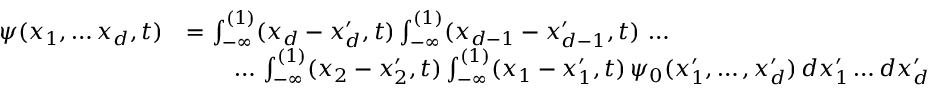
\begin{array} { r l } { \psi ( x _ { 1 } , \dots x _ { d } , t ) } & { = \int _ { - \infty } ^ { ( 1 ) } ( x _ { d } - x _ { d } ^ { \prime } , t ) \int _ { - \infty } ^ { ( 1 ) } ( x _ { d - 1 } - x _ { d - 1 } ^ { \prime } , t ) \, \dots } \\ & { \qquad \dots \, \int _ { - \infty } ^ { ( 1 ) } ( x _ { 2 } - x _ { 2 } ^ { \prime } , t ) \int _ { - \infty } ^ { ( 1 ) } ( x _ { 1 } - x _ { 1 } ^ { \prime } , t ) \, \psi _ { 0 } ( x _ { 1 } ^ { \prime } , \dots , x _ { d } ^ { \prime } ) \, d x _ { 1 } ^ { \prime } \dots d x _ { d } ^ { \prime } } \end{array}